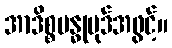
အာဒိစ္စဗန္ဓုပုဒ်အဖွင့်။